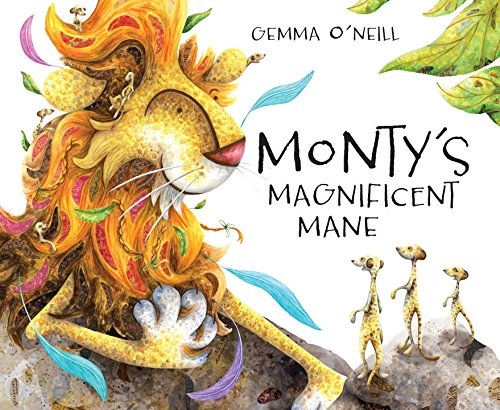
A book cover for Monty's Magnificent Mane; Gemma O'Neill; Children's Books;